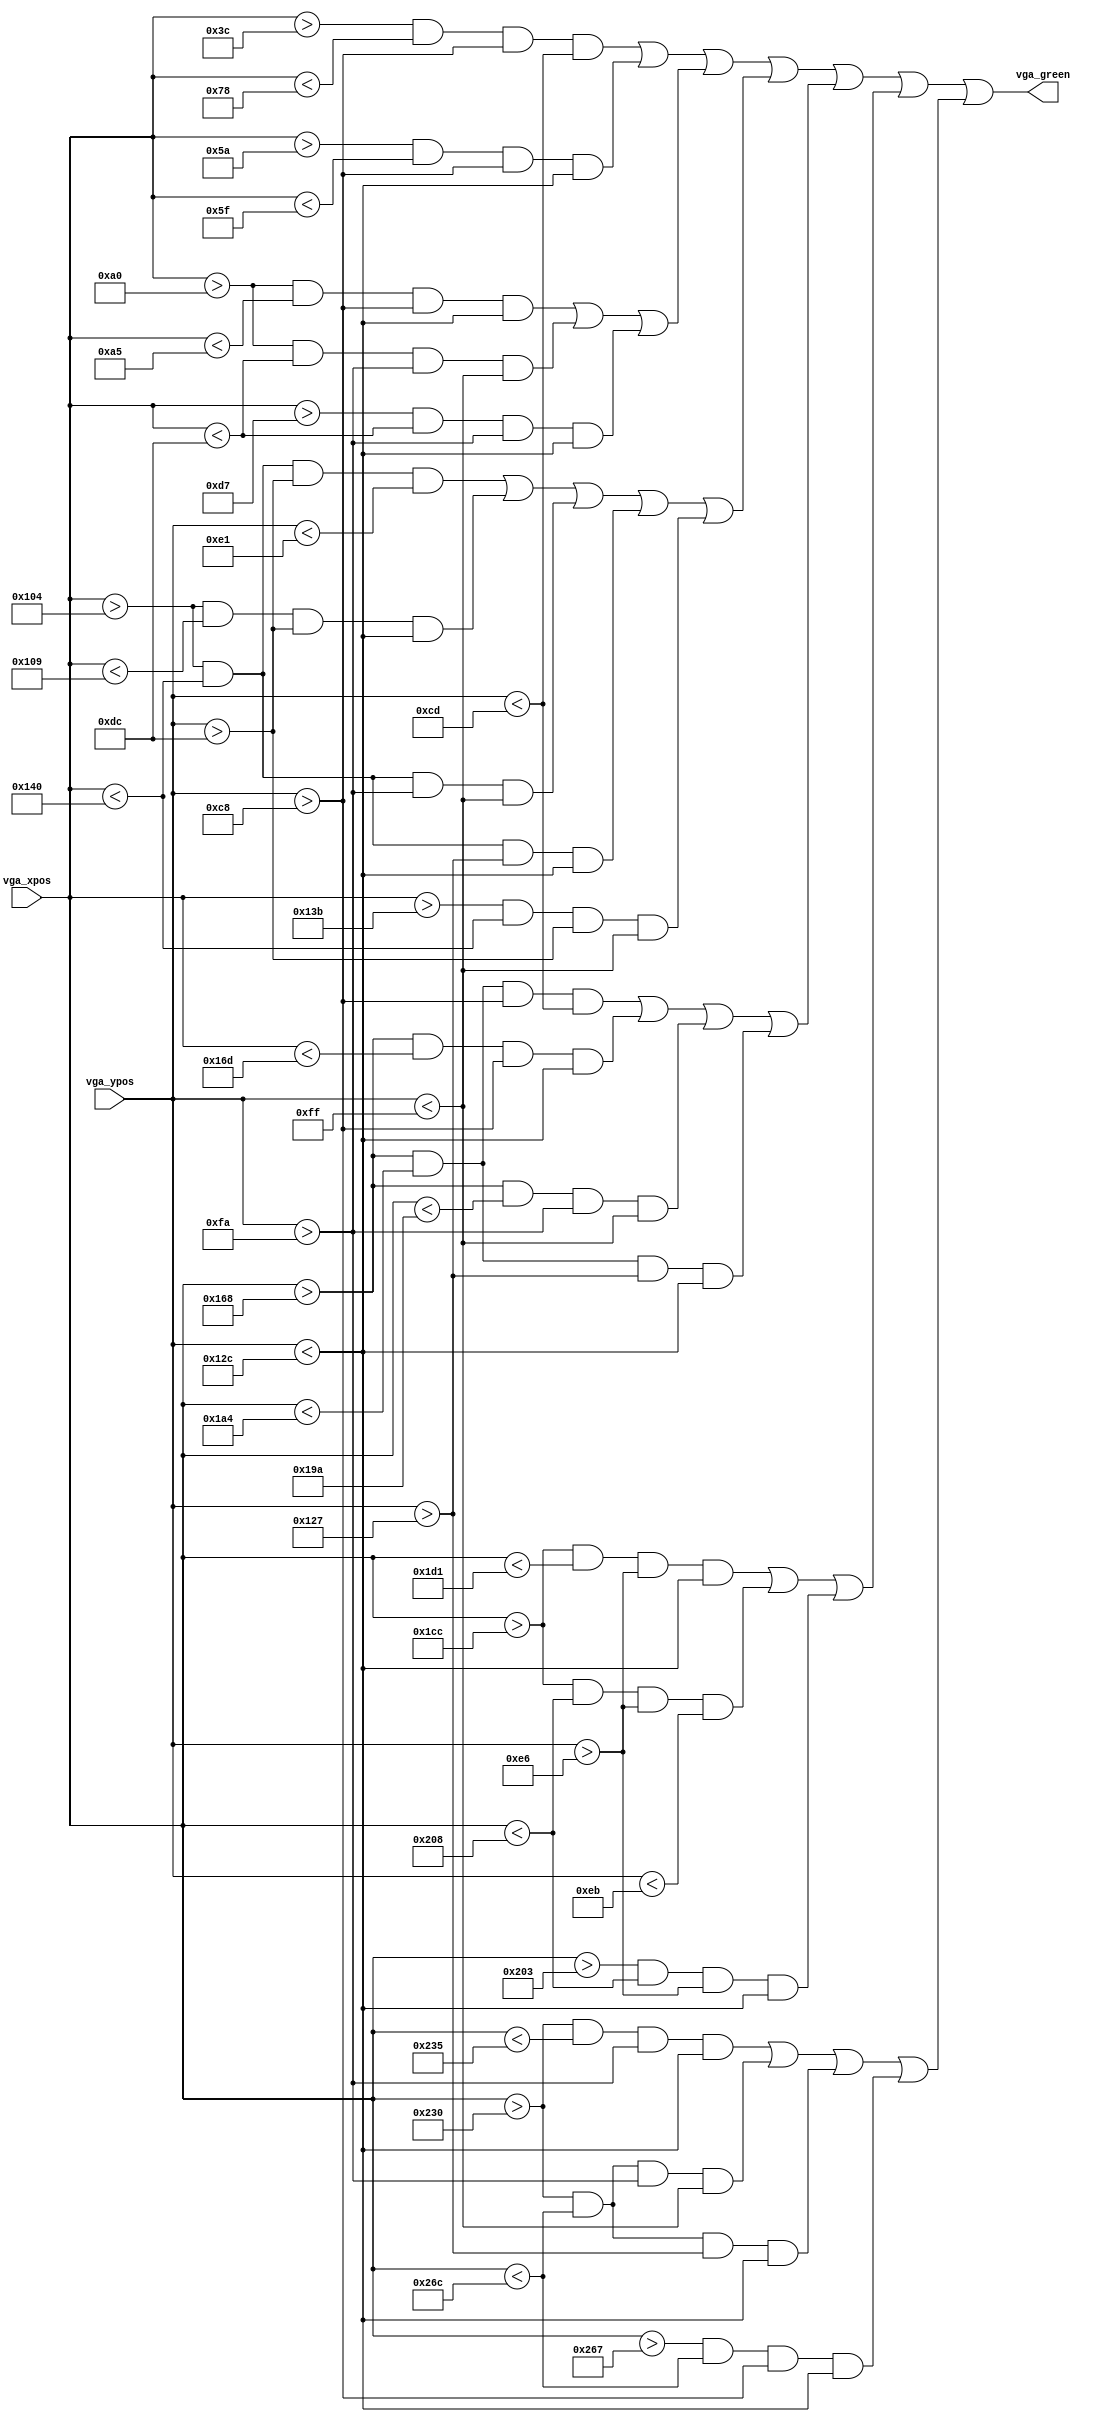
module The_End(vga_xpos,vga_ypos,vga_green);
	input [10:0] vga_xpos;
	input [9:0] vga_ypos;
	output vga_green;
	//The End
	//T
	wire letter_t_1, letter_t_2,letter_t_all;
	assign letter_t_1  = ((vga_xpos > 60 ) && (vga_xpos < 120 ) && (vga_ypos > 200 ) && (vga_ypos < 205 ) );
	assign letter_t_2  = ((vga_xpos > 90 ) && (vga_xpos < 95 ) && (vga_ypos > 200 ) && (vga_ypos < 300 ) );
	assign letter_t_all = letter_t_1 | letter_t_2 ;
	//h
	wire letter_h_1, letter_h_2, letter_h_3,letter_h_all;
	assign letter_h_1  = ((vga_xpos > 160 ) && (vga_xpos < 165 ) && (vga_ypos > 200 ) && (vga_ypos < 300 ) );
	assign letter_h_2  = ((vga_xpos > 160 ) && (vga_xpos < 220 ) && (vga_ypos > 250 ) && (vga_ypos < 255 ) );
	assign letter_h_3  = ((vga_xpos > 215 ) && (vga_xpos < 220 ) && (vga_ypos > 250 ) && (vga_ypos < 300 ) );
	assign letter_h_all = letter_h_1 | letter_h_2 | letter_h_3;
	//e
	wire letter_e1_1, letter_e1_2,letter_e1_3, letter_e1_4, letter_e1_5 ,letter_e1_all;
	assign letter_e1_1  = ((vga_xpos > 260 ) && (vga_xpos < 320 ) && (vga_ypos > 220 ) && (vga_ypos < 225 ) );
	assign letter_e1_2  = ((vga_xpos > 260 ) && (vga_xpos < 265 ) && (vga_ypos > 220 ) && (vga_ypos < 300 ) );
	assign letter_e1_3  = ((vga_xpos > 260 ) && (vga_xpos < 320 ) && (vga_ypos > 250 ) && (vga_ypos < 255 ) );
	assign letter_e1_4  = ((vga_xpos > 260 ) && (vga_xpos < 320 ) && (vga_ypos > 295 ) && (vga_ypos < 300 ) );
	assign letter_e1_5  = ((vga_xpos > 315 ) && (vga_xpos < 320 ) && (vga_ypos > 220 ) && (vga_ypos < 255 ) );
	assign letter_e1_all = letter_e1_1 | letter_e1_2 | letter_e1_3 | letter_e1_4 | letter_e1_5;
	//E
	wire letter_e2_1, letter_e2_2,letter_e2_3, letter_e2_4 ,letter_e2_all;
	assign letter_e2_1  = ((vga_xpos > 360 ) && (vga_xpos < 420 ) && (vga_ypos > 200 ) && (vga_ypos < 205 ) );
	assign letter_e2_2  = ((vga_xpos > 360 ) && (vga_xpos < 365 ) && (vga_ypos > 200 ) && (vga_ypos < 300 ) );
	assign letter_e2_3  = ((vga_xpos > 360 ) && (vga_xpos < 410 ) && (vga_ypos > 250 ) && (vga_ypos < 255 ) );
	assign letter_e2_4  = ((vga_xpos > 360 ) && (vga_xpos < 420 ) && (vga_ypos > 295 ) && (vga_ypos < 300 ) );
	assign letter_e2_all = letter_e2_1 | letter_e2_2 | letter_e2_3 | letter_e2_4;	
	//n
	wire letter_n_1, letter_n_2, letter_n_3,letter_n_all;
	assign letter_n_1  = ((vga_xpos > 460 ) && (vga_xpos < 465 ) && (vga_ypos > 230 ) && (vga_ypos < 300 ) );
	assign letter_n_2  = ((vga_xpos > 460 ) && (vga_xpos < 520 ) && (vga_ypos > 230 ) && (vga_ypos < 235 ) );
	assign letter_n_3  = ((vga_xpos > 515 ) && (vga_xpos < 520 ) && (vga_ypos > 230 ) && (vga_ypos < 300 ) );
	assign letter_n_all = letter_n_1 | letter_n_2 | letter_n_3;	
	//d
	wire letter_d_1, letter_d_2,letter_d_3,letter_d_4,letter_d_all;
	assign letter_d_1  = ((vga_xpos > 560 ) && (vga_xpos < 565 ) && (vga_ypos > 250 ) && (vga_ypos < 300 ) );
	assign letter_d_2  = ((vga_xpos > 560 ) && (vga_xpos < 620 ) && (vga_ypos > 250 ) && (vga_ypos < 255 ) );
	assign letter_d_3  = ((vga_xpos > 560 ) && (vga_xpos < 620 ) && (vga_ypos > 295 ) && (vga_ypos < 300 ) );
	assign letter_d_4  = ((vga_xpos > 615 ) && (vga_xpos < 620 ) && (vga_ypos > 200 ) && (vga_ypos < 300 ) );
	assign letter_d_all = letter_d_1 | letter_d_2 | letter_d_3 | letter_d_4;
	//The End
	assign vga_green = letter_t_all | letter_h_all | letter_e1_all | letter_e2_all | letter_n_all | letter_d_all; 
	
endmodule